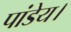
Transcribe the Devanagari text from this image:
पांडेय।